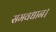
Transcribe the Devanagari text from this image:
समवधान।